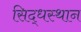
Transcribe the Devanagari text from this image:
सिद्धस्थान